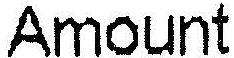
AMOUNT